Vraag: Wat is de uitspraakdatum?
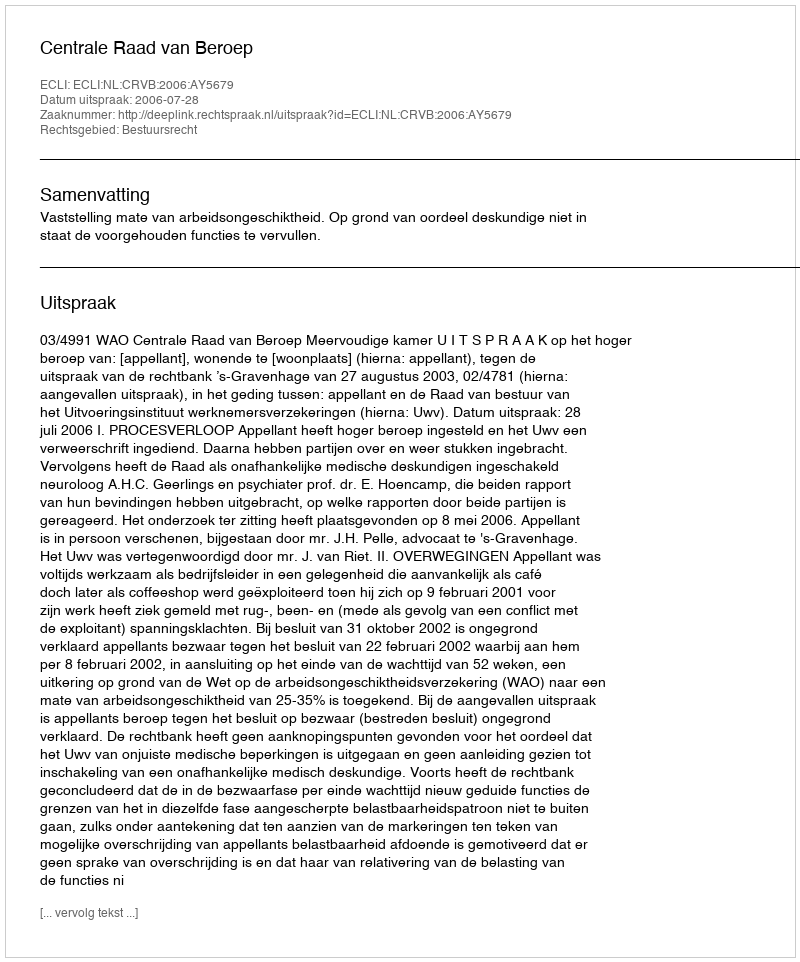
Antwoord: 2006-07-28